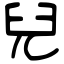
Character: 兒